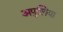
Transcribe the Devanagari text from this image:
अपुलिया